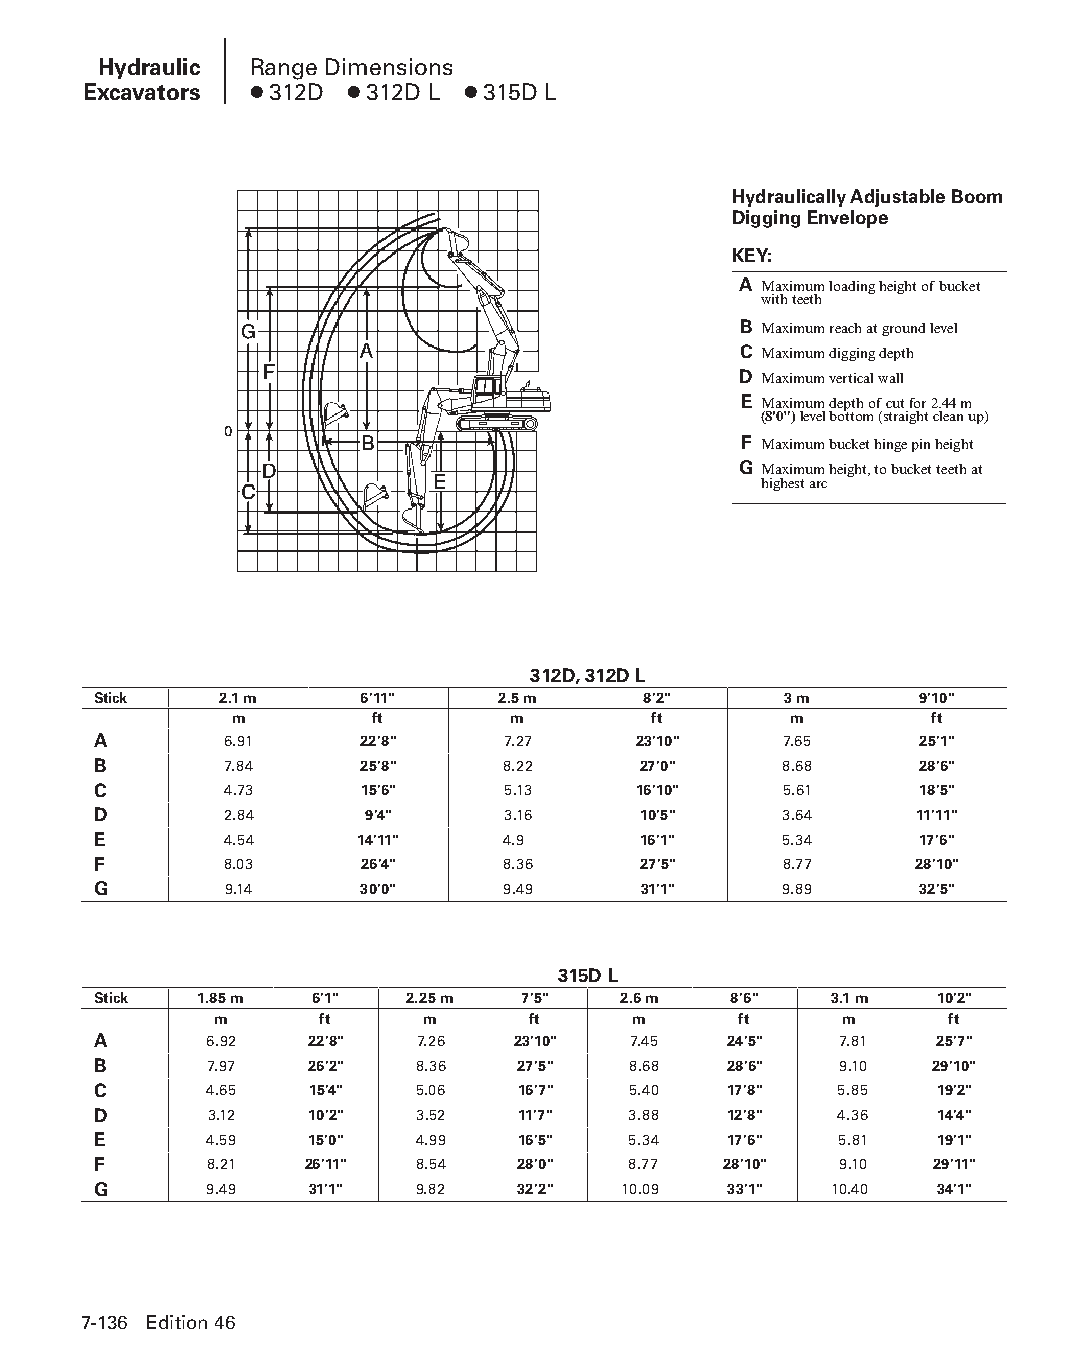
Hydraulic Range Dimensions
 Excavators ● 312D ● 312D L ● 315D L
 Hydraulically Adjustable Boom
 Digging Envelope
 KEY:
 A Maximum loading height of bucket
 with teeth
 B Maximum reach at ground level
 C Maximum digging depth
 D Maximum vertical wall
 E Maximum depth of cut for 2.44 m
 (8'0") level bottom (straight clean up)
 F Maximum bucket hinge pin height
 G Maximum height, to bucket teeth at
 highest arc
 312D, 312D L
 Stick   2.1 m    6'11"    2.5 m     8'2"     3 m      9'10"
 m        ft       m         ft       m        ft
 A       6.91     22'8"     7.27    23'10"    7.65     25'1"
 B       7.84     25'8"     8.22     27'0"    8.68     28'6"
 C       4.73     15'6"     5.13    16'10"    5.61     18'5"
 D       2.84      9'4"     3.16     10'5"    3.64     11'11"
 E       4.54     14'11"    4.90     16'1"    5.34     17'6"
 F       8.03     26'4"     8.36     27'5"    8.77     28'10"
 G       9.14     30'0"     9.49     31'1"    9.89     32'5"
 315D L
 Stick 1.85 m  6'1"  2.25 m  7'5"  2.6 m   8'6"  3.1 m  10'2"
 m      ft    m      ft     m      ft     m      ft
 A      6.92   22'8"  7.26  23'10"  7.45  24'5"   7.81  25'7"
 B      7.97   26'2"  8.36   27'5"  8.68  28'6"   9.10  29'10"
 C      4.65   15'4"  5.06   16'7"  5.40  17'8"   5.85  19'2"
 D      3.12   10'2"  3.52   11'7"  3.88  12'8"   4.36  14'4"
 E      4.59   15'0"  4.99   16'5"  5.34   17'6"  5.81  19'1"
 F      8.21   26'11" 8.54   28'0"  8.77  28'10"  9.10  29'11"
 G      9.49   31'1"  9.82   32'2"  10.09  33'1" 10.40  34'1"
 7-136 Edition 46
 PPHHBB--SSeecc0077--HHyyddrraauulliiccEExxccaavvaattoorrss((ppgg008899--114400))..iinndddd 113366 1122//44//1155 1100::3366 AAMM